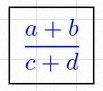
\frac{a+b}{c+d}